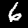
Label: 6